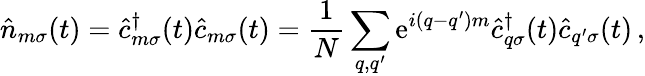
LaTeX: \hat{n}_{m\sigma}(t)=\hat{c}_{m\sigma}^{\dagger}(t)\hat{c}_{m\sigma}(t)=\frac{1}{N}\sum_{q,q^{\prime}}\mathrm{e}^{i(q-q^{\prime})m}\hat{c}_{q\sigma}^{\dagger}(t)\hat{c}_{q^{\prime}\sigma}(t)\, ,